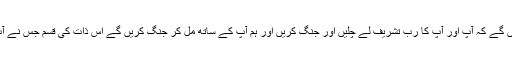
ہم تو یہاں بیٹھے ہیں بلکہ ہم یہ کہیں گے کہ آپ اور آپ کا رب تشریف لے چلیں اور جنگ کریں اور ہم آپ کے ساتھ مل کر جنگ کریں گے اس ذات کی قسم جس نے آپ کو حق کے ساتھ مبعوث کیا ہے۔